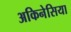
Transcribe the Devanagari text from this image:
अकिनेसिया